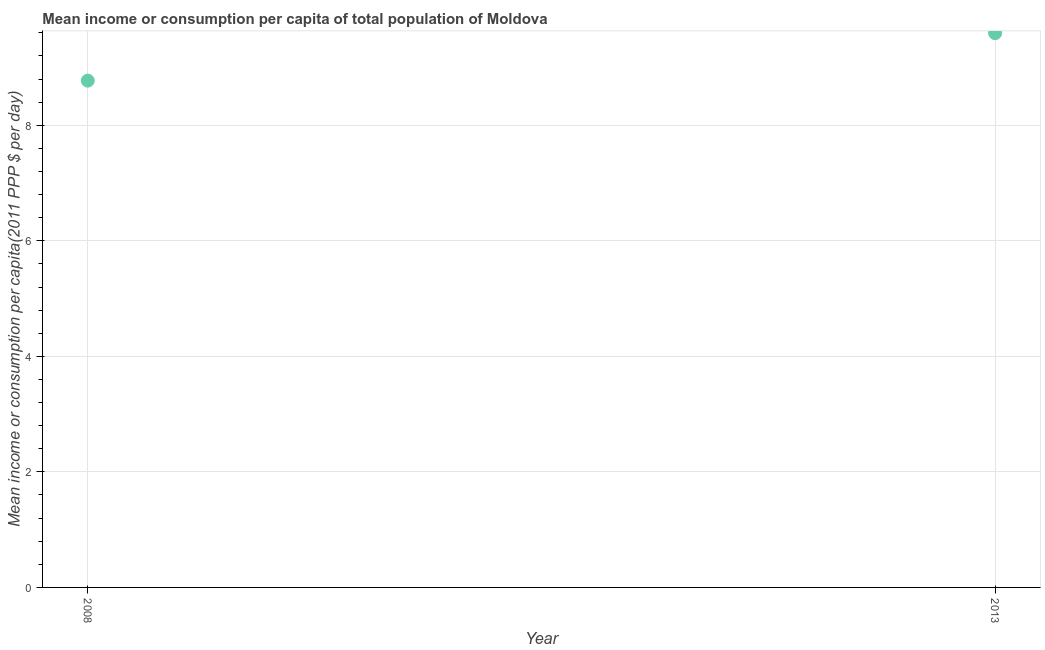
| Year | Total population |
 | --- | --- |
 | 2008 | 8.77 |
 | 2013 | 9.59 |